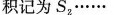
积记为S_{2}……